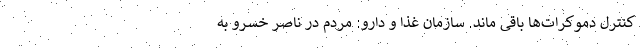
کنترل دموکرات‌ها باقی ماند. سازمان غذا و دارو: مردم در ناصر خسرو به